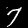
Digit: 7